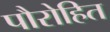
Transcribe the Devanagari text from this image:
पौरोहित